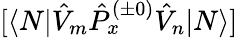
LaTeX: [\langle N|\hat{V}_{m}\hat{P}_{x}^{(\pm 0)}\hat{V}_{n}|N\rangle]